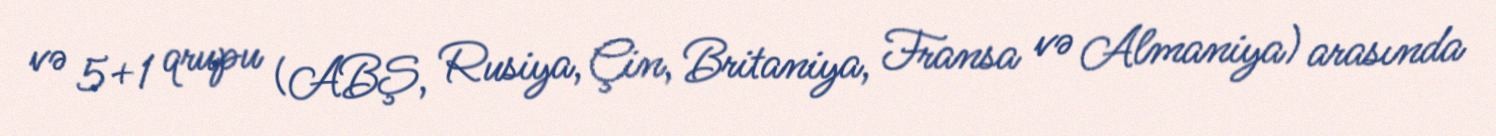
və 5+1 qrupu (ABŞ, Rusiya, Çin, Britaniya, Fransa və Almaniya) arasında